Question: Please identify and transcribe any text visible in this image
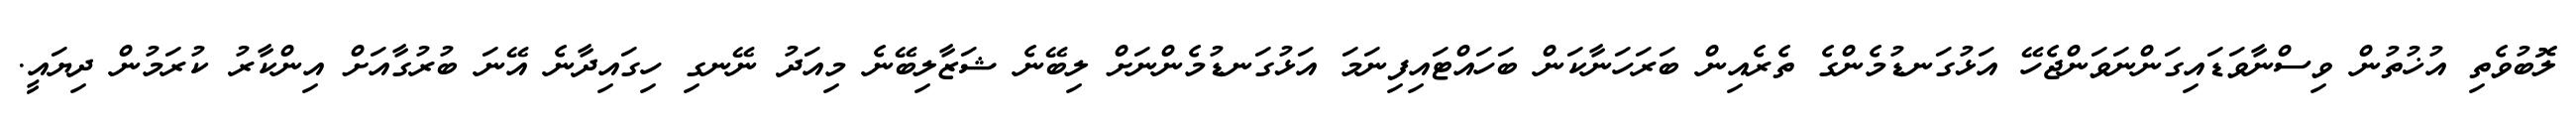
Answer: ލޮބުވެތި އުޚުތުން ވިސްނާވަޑައިގަންނަވަންޖެހޭ އަޅުގަނޑުމެންގެ ތެރެއިން ބަރަހަނާކަން ބަހައްޓައިފިނަމަ އަޅުގަނޑުމެންނަށް ލިބޭނެ ޝަޒާލިބޭނެ މިއަދު ނޭނގި ހިގައިދާނެ އޭނަ ބުރުގާއަށް އިންކާރު ކުރަމުން ދިޔައީ.